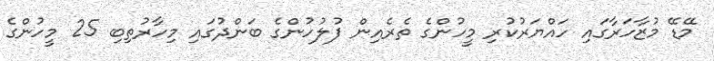
މޭޑޭ މުޒާހަރާގައި ހައްޔަރުކުރި މީހުންގެ ތެރެއިން ފުލުހުންގެ ބަންދުގައި މިހާރުތިބި 25 މީހުންގެ